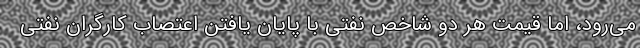
می‌رود، اما قیمت هر دو شاخص نفتی با پایان یافتن اعتصاب کارگران نفتی